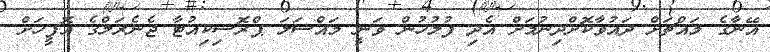
އޭނާގެ މައްޗަށް ދައުވާކޮށްދިނުމަށް އެދި ފުލުހުން ވަނީ މައްސަލަ ޕްރޮސިކިއުޓާ ޖެނެރަލްގެ އޮފީހަށް